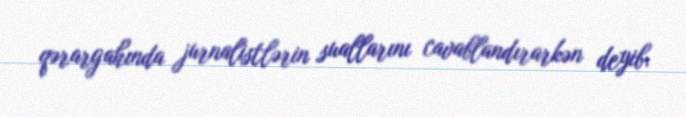
qərargahında jurnalistlərin suallarını cavablandırarkən deyib.